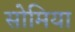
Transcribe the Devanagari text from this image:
सोमिया